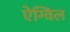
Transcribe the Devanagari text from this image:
ऐग्विल